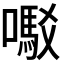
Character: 𫬇